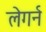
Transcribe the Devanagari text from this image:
लेगर्न